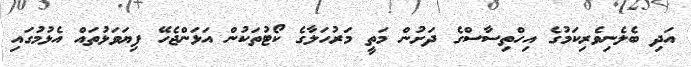
އަދި ބެލެނިވެރިކަމުގެ އިހްތިސާސްގެ ދަށުން މަތީ މަރުހަލާގެ ކޯޓުތަކުން އަޅަންޖެހޭ ފިޔަވަޅުތައް އެޅުމުގައި